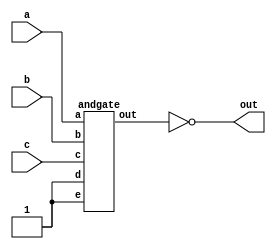
module top_module (
    input a, 
    input b, 
    input c, 
    output out);

    //nand 
    wire t;
    andgate inst1 (t, a, b, c, 1'b1, 1'b1);
    assign out = ~t;

endmodule






module andgate ( 
    output out, 
    input a, 
    input b, 
    input c, 
    input d, 
    input e );
endmodule